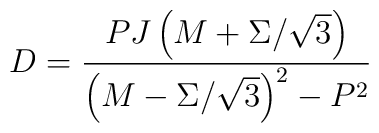
D = {PJ\left(M+\Sigma/\sqrt{3}\right)\over\left(M-\Sigma/\sqrt{3}\right)^2-P^2}